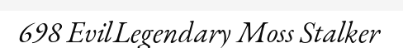
698 EvilLegendary Moss Stalker